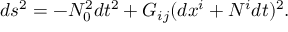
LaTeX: d s ^ { 2 } = - N _ { 0 } ^ { 2 } d t ^ { 2 } + G _ { i j } ( d x ^ { i } + N ^ { i } d t ) ^ { 2 } .